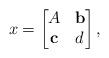
LaTeX: \begin{align*} x = \begin{bmatrix} A & \mathbf{b}\\\mathbf{c} & d \end{bmatrix} ,\end{align*}